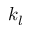
k _ { l }